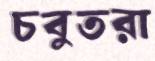
চবুতরা